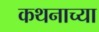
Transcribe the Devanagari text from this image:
कथनाच्या